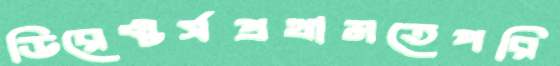
ডিরেক্টর্সপ্রথামতেপরি